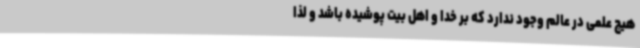
هیچ علمی در عالم وجود ندارد که بر خدا و اهل بیت پوشیده باشد و لذا